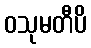
ဝသုမတီပိ